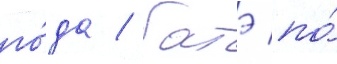
го́да / батэ по́